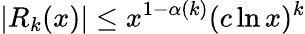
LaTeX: |R_{k}(x)|\leq x^{1-\alpha(k)}(c\ln x)^{k}